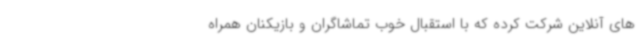
های آنلاین شرکت کرده که با استقبال خوب تماشاگران و بازیکنان همراه